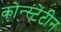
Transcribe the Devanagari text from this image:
कोन्स्टेंटीन